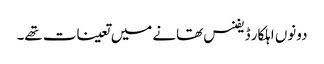
دونوں اہلکار ڈیفنس تھانے میں تعینات تھے۔